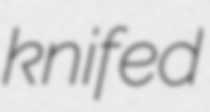
knifed